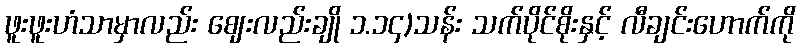
ဖူးဖူးဟံသာမှာလည်း ဈေးလည်းချို ၁.၁၄)သန်း သက်ပိုင်စိုးနှင့် လီချင်းဟောက်ကို